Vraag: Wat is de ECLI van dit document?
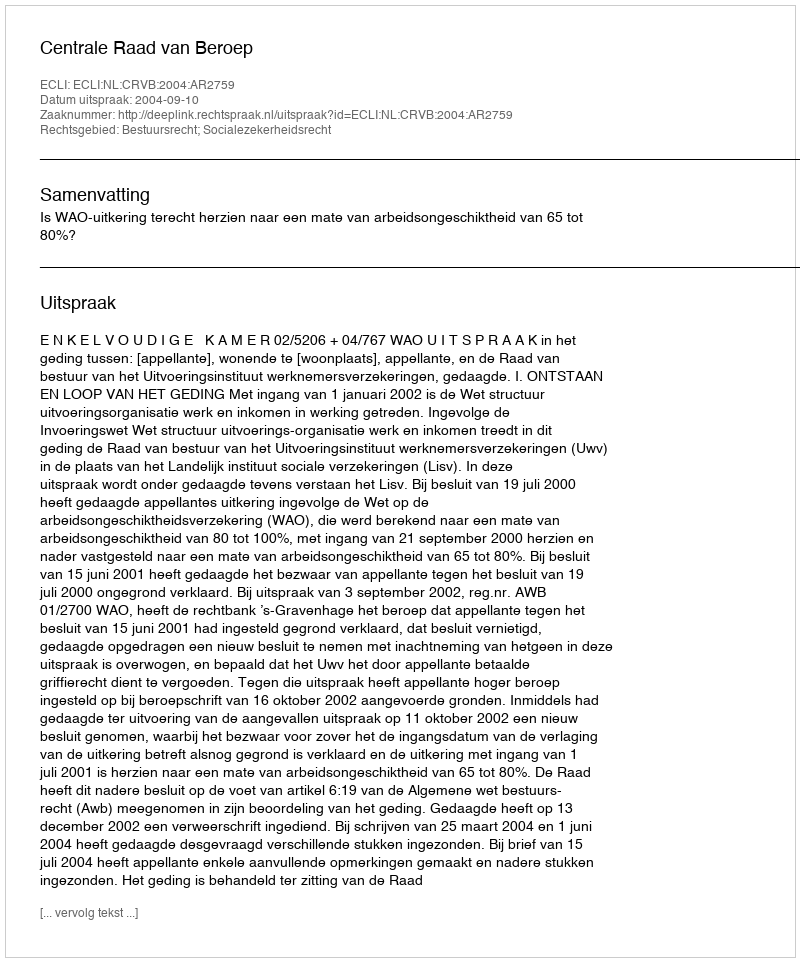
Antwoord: ECLI:NL:CRVB:2004:AR2759